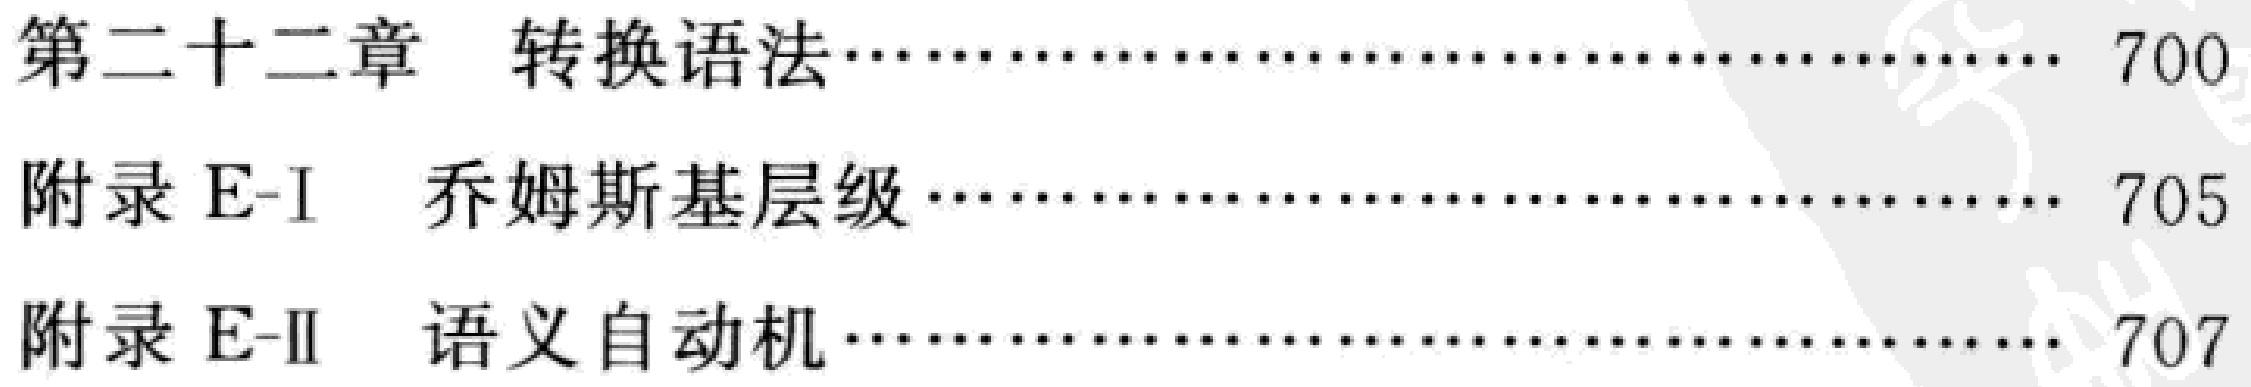
第二十二章  转换语法\dotfill 700\\

附录 E-I  乔姆斯基层级\dotfill 705\\

附录 E-II  语义自动机\dotfill 707